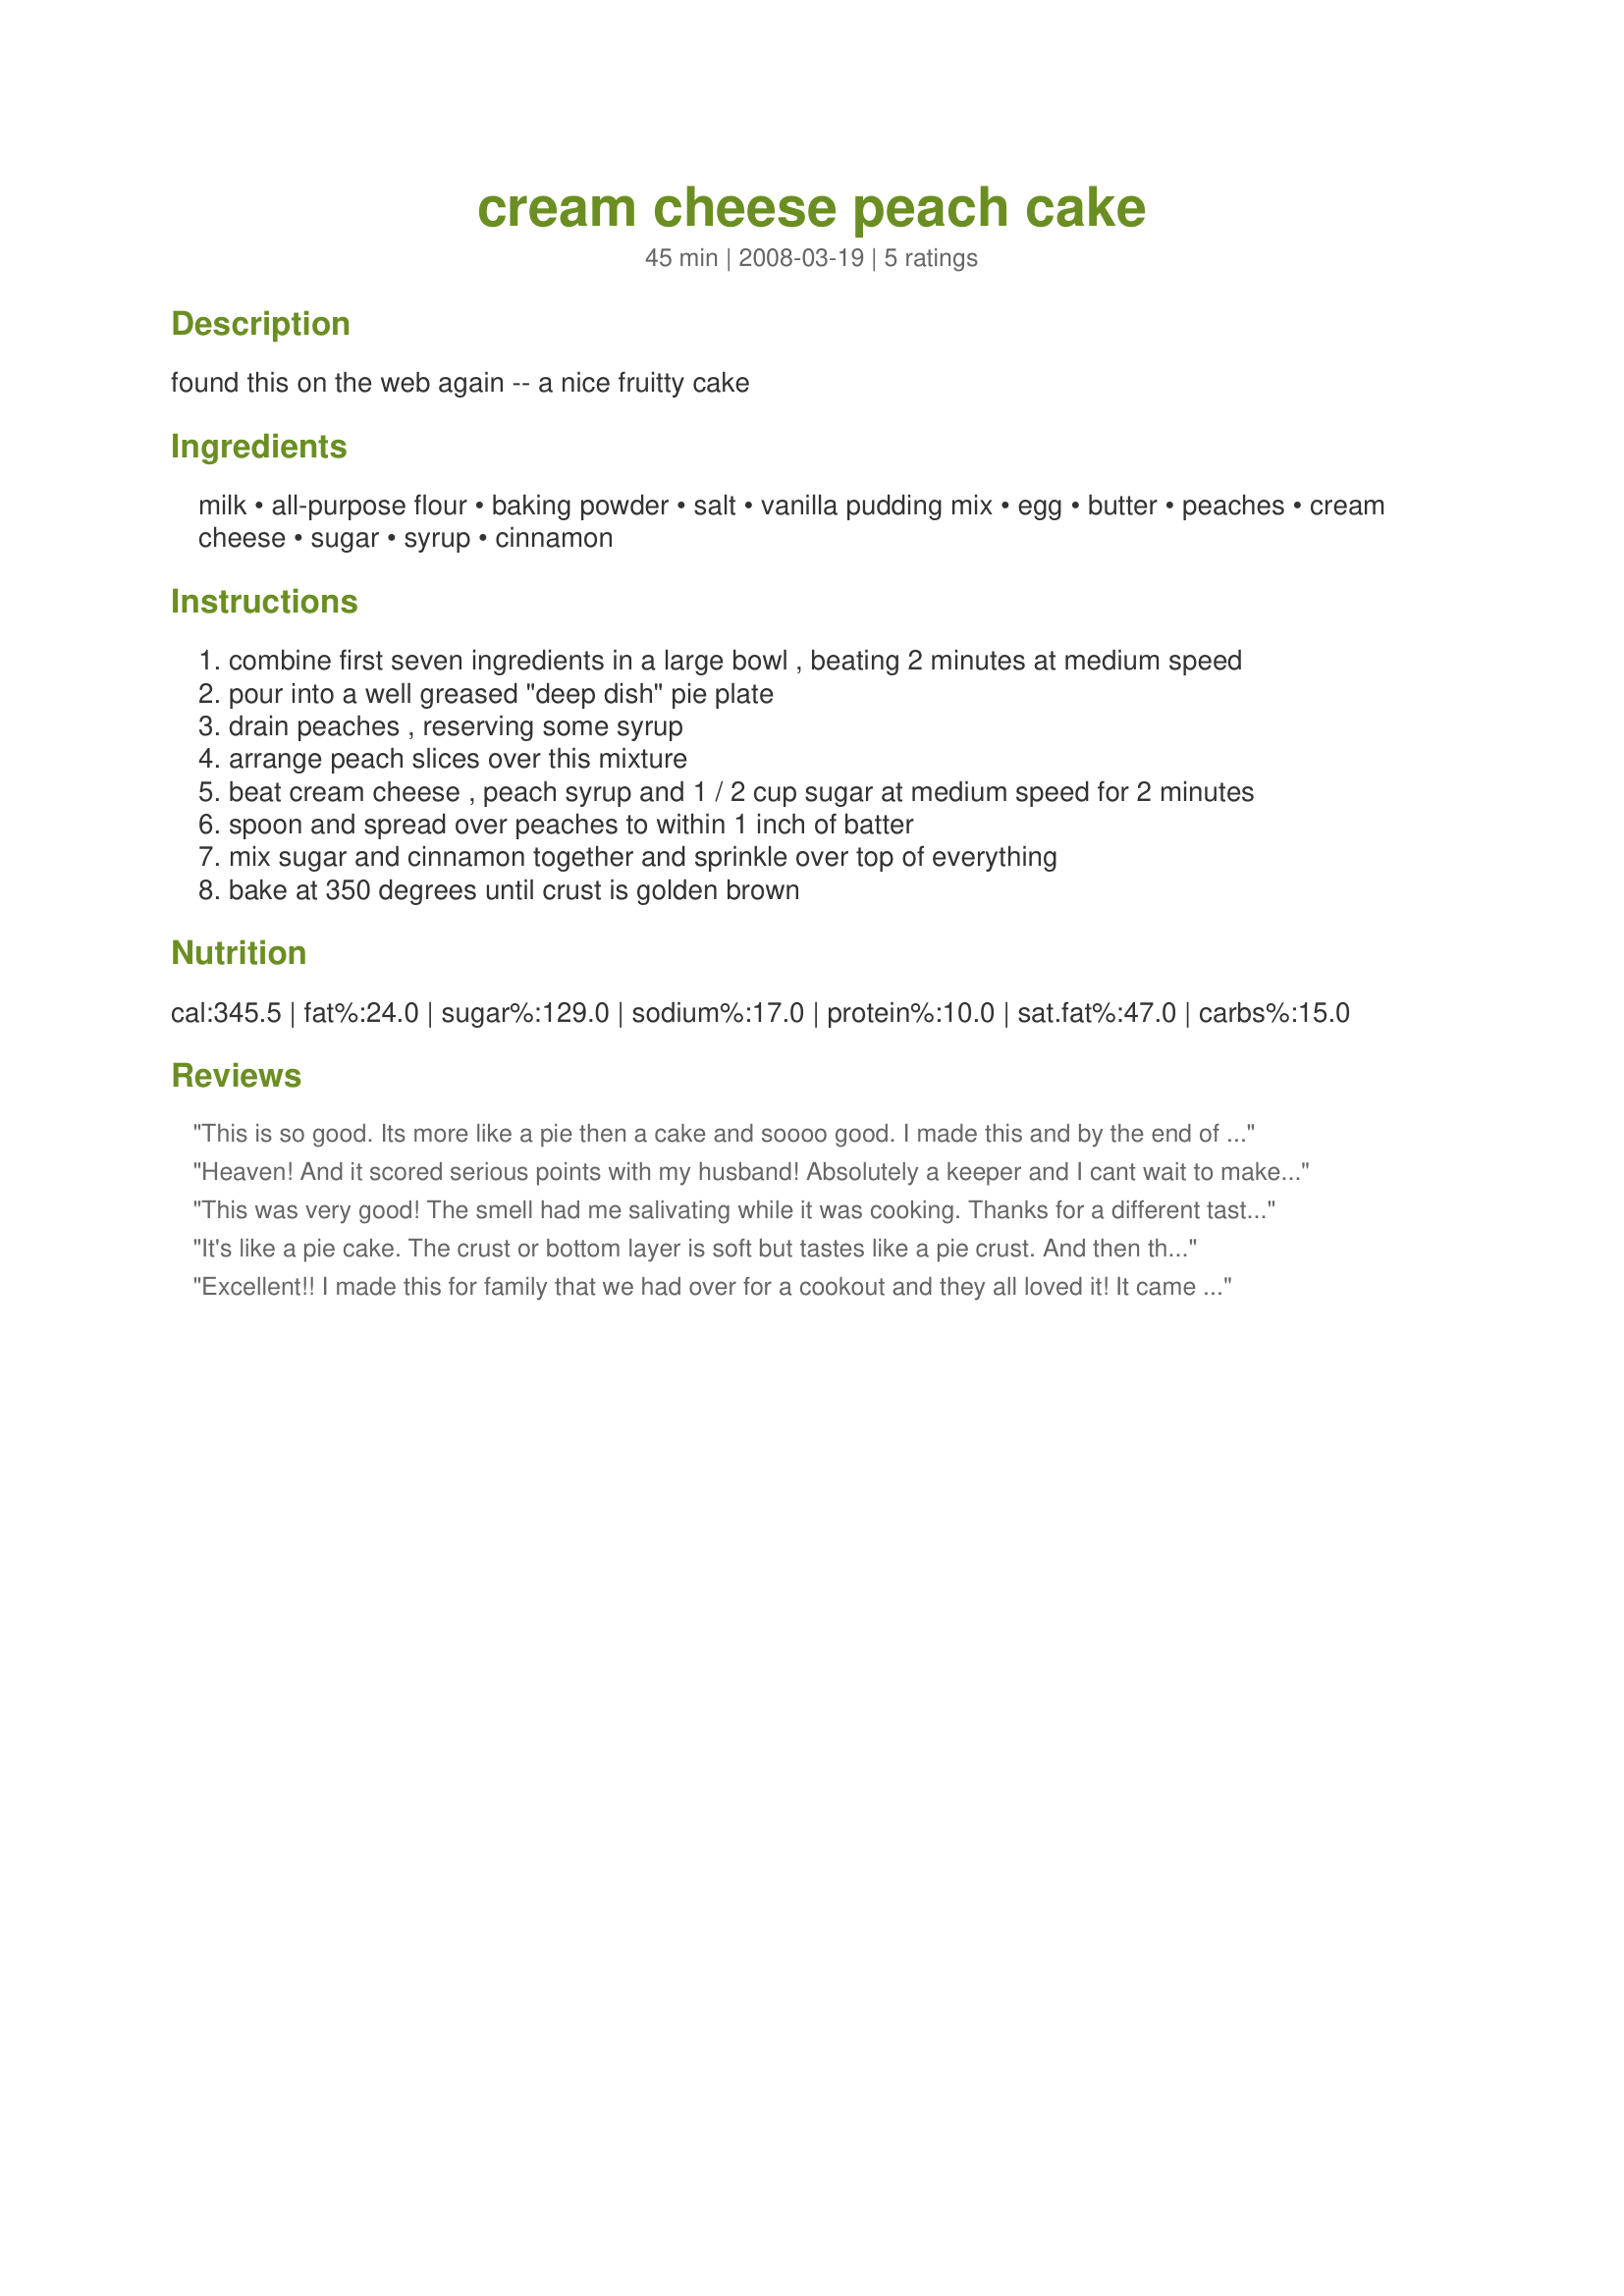
cream cheese peach cake
Preparation time: 45 minutes

found this on the web again -- a nice fruitty cake

Ingredients:
milk, all-purpose flour, baking powder, salt, vanilla pudding mix, egg, butter, peaches, cream cheese, sugar, syrup, cinnamon

Steps:
combine first seven ingredients in a large bowl , beating 2 minutes at medium speed
pour into a well greased "deep dish" pie plate
drain peaches , reserving some syrup
arrange peach slices over this mixture
beat cream cheese , peach syrup and 1 / 2 cup sugar at medium speed for 2 minutes
spoon and spread over peaches to within 1 inch of batter
mix sugar and cinnamon together and sprinkle over top of everything
bake at 350 degrees until crust is golden brown

Reviews:
This is so good. Its more like a pie then a cake and soooo good. I made this and by the end of the night it was gone. Its very simple to make too. I'm sure this would be good with other fruit also. I'm so glad DD chose this. Made for the Kid Friendly game.
Heaven! And it scored serious points with my husband! Absolutely a keeper and I cant wait to make this again!!!

ZWT5
This was very good! The smell had me salivating while it was cooking. Thanks for a different tasty cake!
It's like a pie cake. The crust or bottom layer is soft but tastes like a pie crust. And then there's the yummy peaches embedded on it with creamcheese on top which has a peachy taste too with a slight taste of cinnamon. DH thought it was a cheesecake and he said it's the best cheesecake with the difference that the topping's in the middle. It's been only 3 hours since I made it and only 1/3's left. It's that delicious! Thanks for sharing, iewe. This is a keeper. :) Made for ZWT5- French/Cajun/Creole - Zaar Chow Hounds.
Excellent!! I made this for family that we had over for a cookout and they all loved it! It came together very easily and I had great results. I will definitely make this again!
